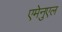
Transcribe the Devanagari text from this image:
एमेनुएल